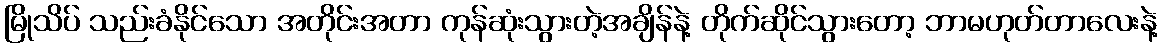
မြိုသိပ် သည်းခံနိုင်သော အတိုင်းအတာ ကုန်ဆုံးသွားတဲ့အချိန်နဲ့ တိုက်ဆိုင်သွားတော့ ဘာမဟုတ်တာလေးနဲ့